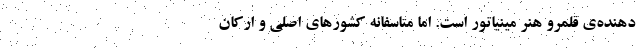
دهنده‌ی قلمرو هنر مینیاتور است. اما متاسفانه کشورهای اصلی و ارکان